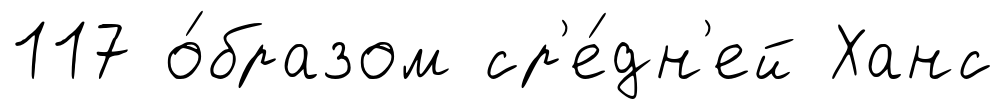
117 о́бразом ср'е́дн'ей Ханс